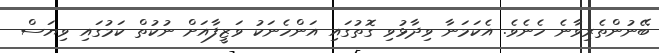
ބޭނުންތެރިވާނެ ހެނެވެ. އެކަމަނާ ވިދާޅުވި ގޮތުގައި އަންހެނަކު ވަޒީފާއަށް ނުކުތް ކަމުގައި ވިޔަސް